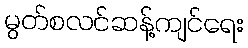
မွတ်စလင်ဆန့်ကျင်ရေး